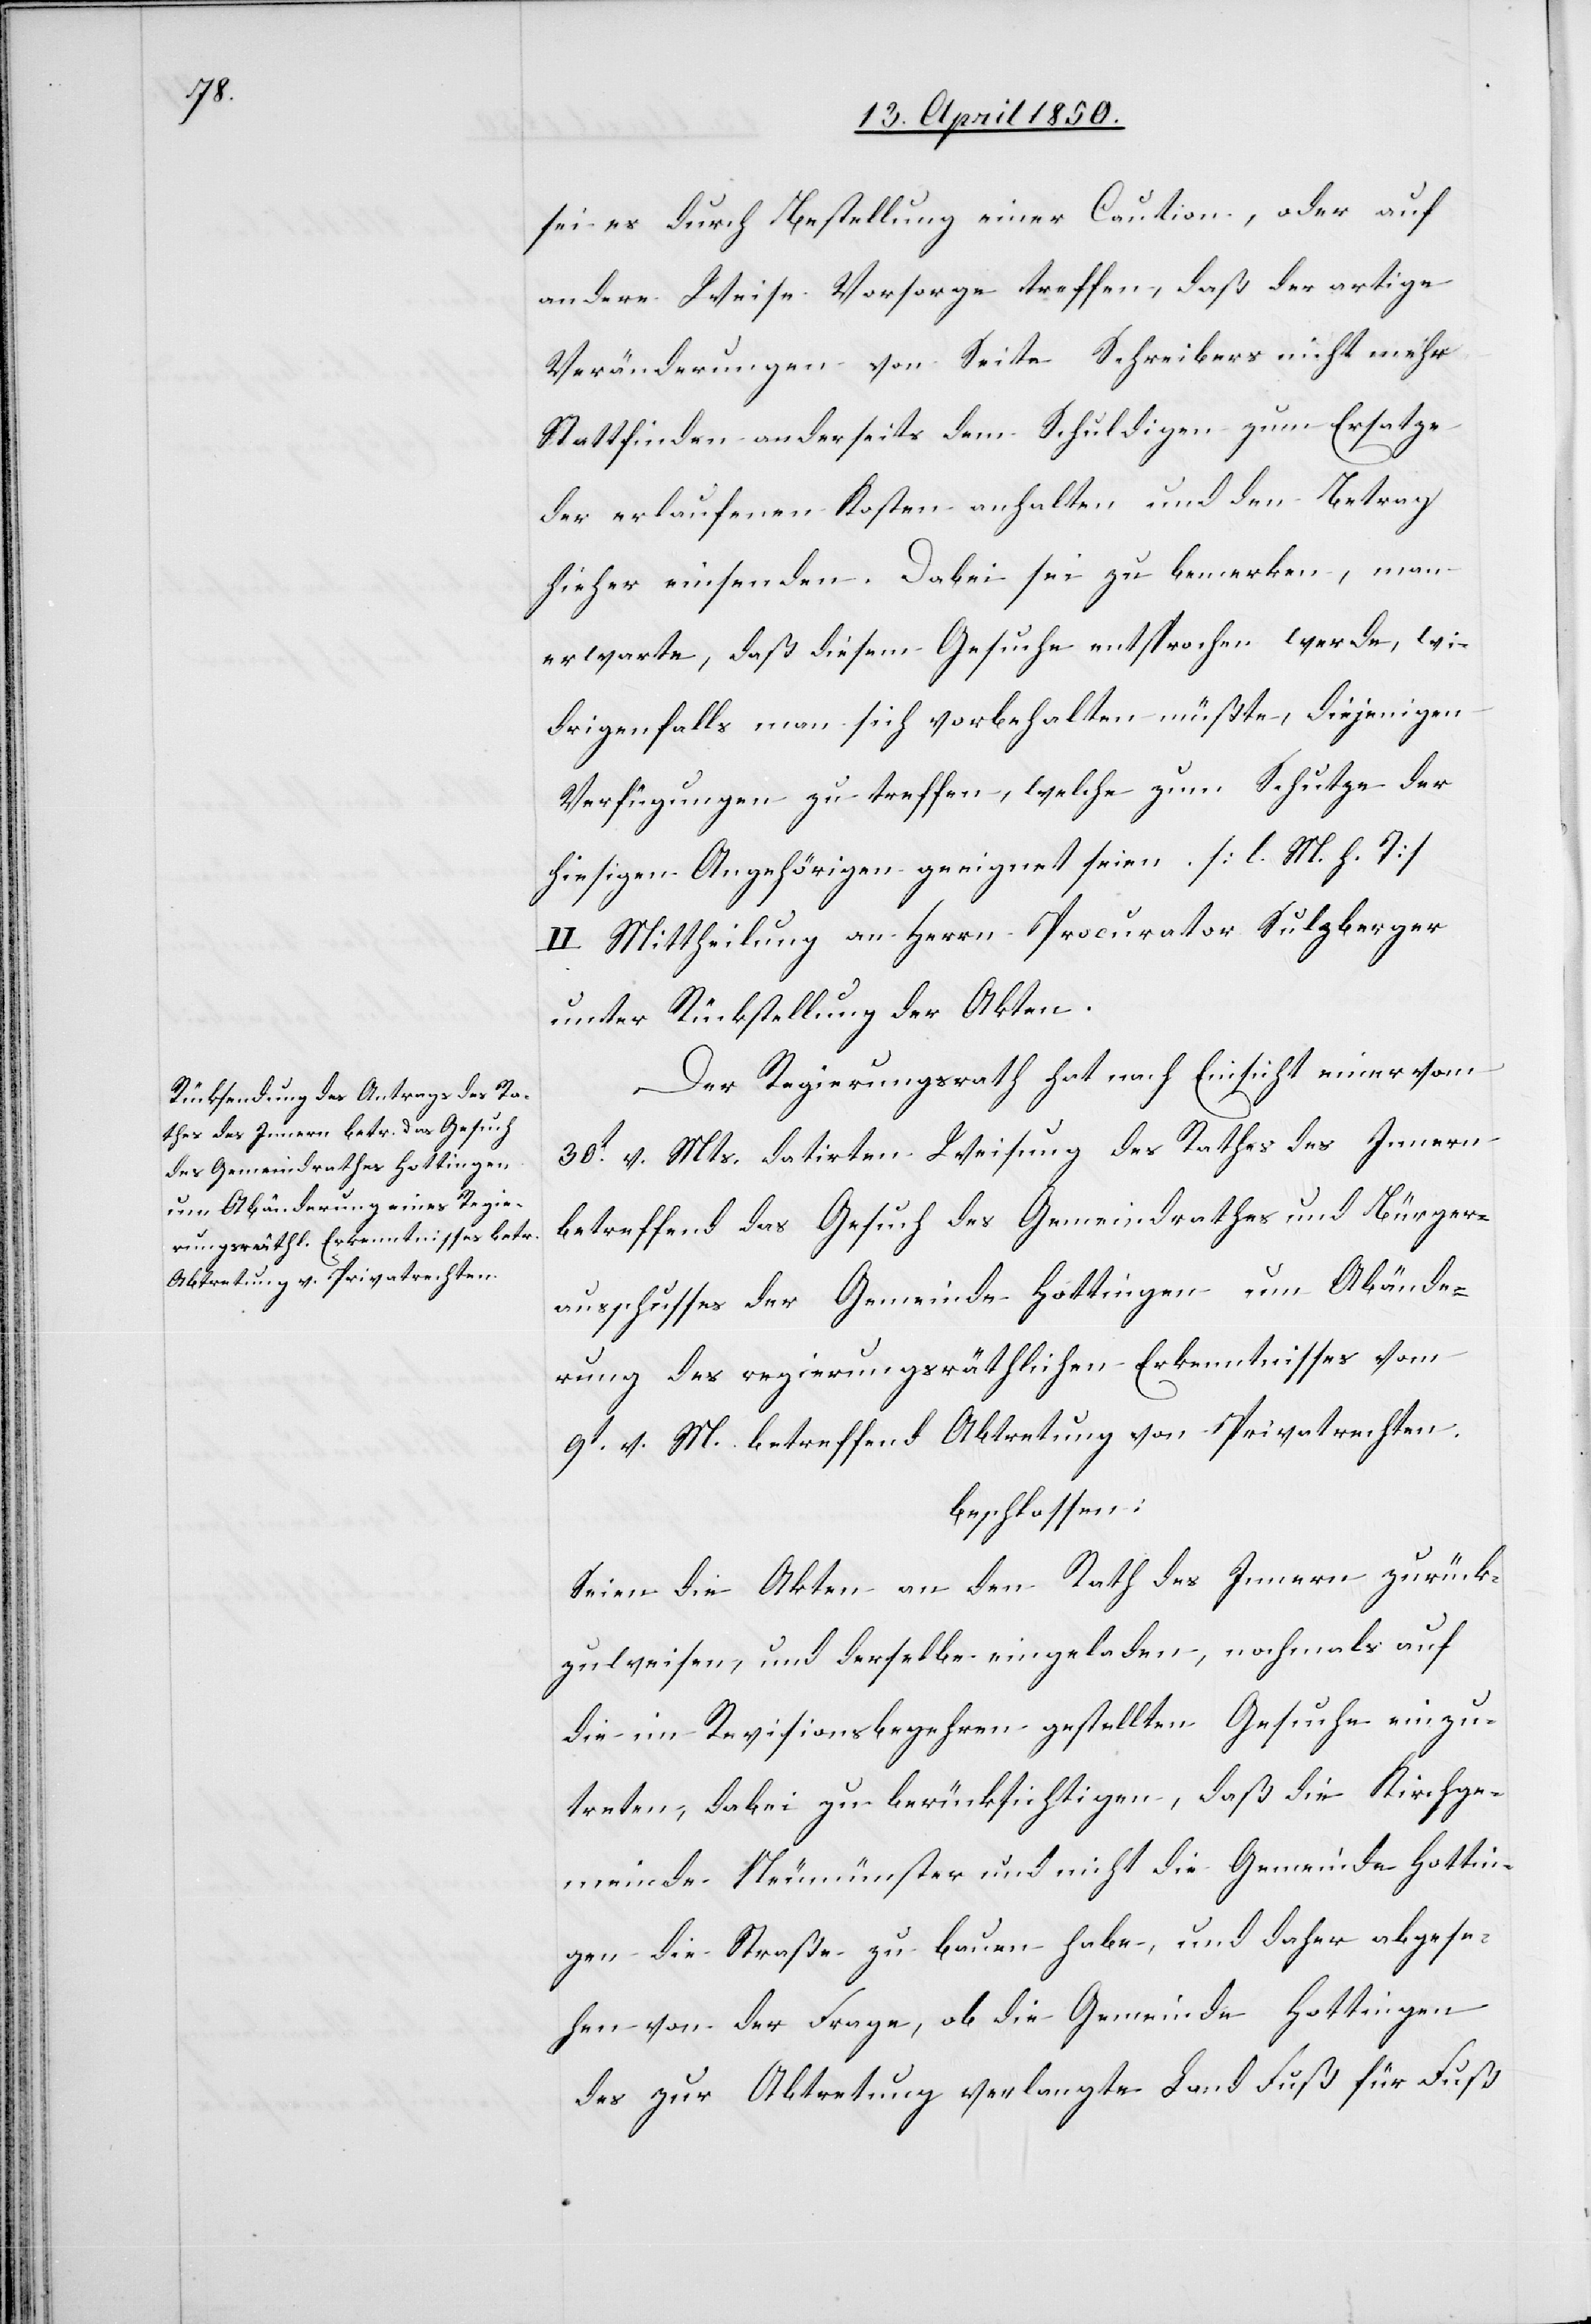
sei es durch Bestellung einer Caution, oder auf
andere Weise Vorsorge treffen, daß der artige
Veränderungen von Seite Schreibers nicht mehr
Stattfinden anderseits dem Schuldigen zum Ersatze
der erlaufenen Kosten anhalten und den Betrag
hieher einsenden. Dabei sei zu bemerken, man
erwarte, daß diesem Gesuche entsprochen werde, wi¬
drigenfalls man sich vorbehalten müßte, diejenigen
Verfügungen zu treffen, welche zum Schutze der
hiesigen Angehörigen geeignet seien [l. M. h. T]
II Mittheilung an Herrn Procurator Sulzberger
unter Rückstellung der Akten.
Der Regierungsrath hat nach Einsicht einer vom
30t v. Mts. datirten Weisung des Rathes des Innern
betreffend das Gesuch des Gemeindrathes und Bürger¬
ausschusses der Gemeinde Hottingen um Abände¬
rung des regierungsräthlichen Erkenntnisses vom
9t v. M. betreffend Abtretung von Privatrechten.
beschlossen:
Seien die Akten an den Rath des Innern zurück¬
zuweisen und derselbe eingeladen, nochmals auf
die im Revisionsbegehren gestellten Gesuche einzu¬
treten, dabei zu berücksichtigen, daß die Kirchge¬
meinde Neumünster und nicht die Gemeinde Hottin¬
gen die Straße zu bauen habe, und daher abgese¬
hen von der Frage, ob die Gemeinde Hottingen
des zur Abtretung verlangte Land Fuß für Fuß